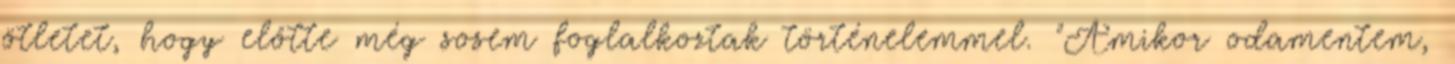
ötletet, hogy előtte még sosem foglalkoztak történelemmel. "Amikor odamentem,